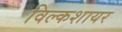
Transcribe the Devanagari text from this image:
विल्कशायर